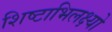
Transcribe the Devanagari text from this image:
शिष्टाभिलक्ष्यो